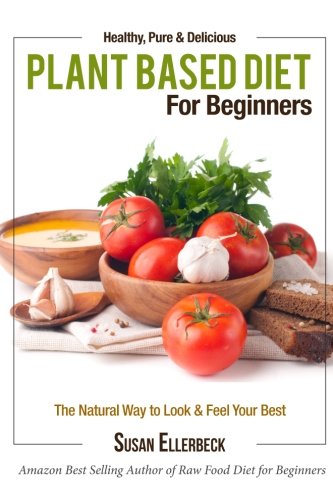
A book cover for Plant Based Diet for Beginners: Healthy, Pure & Delicious, The Natural Way to Look and Feel Your Best; Susan Ellerbeck; Cookbooks, Food & Wine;